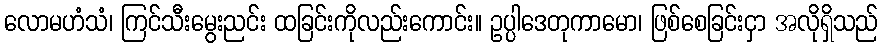
လောမဟံသံ၊ ကြင်သီးမွေးညင်း ထခြင်းကိုလည်းကောင်း။ ဥပ္ပါဒေတုကာမော၊ ဖြစ်စေခြင်းငှာ အလိုရှိသည်